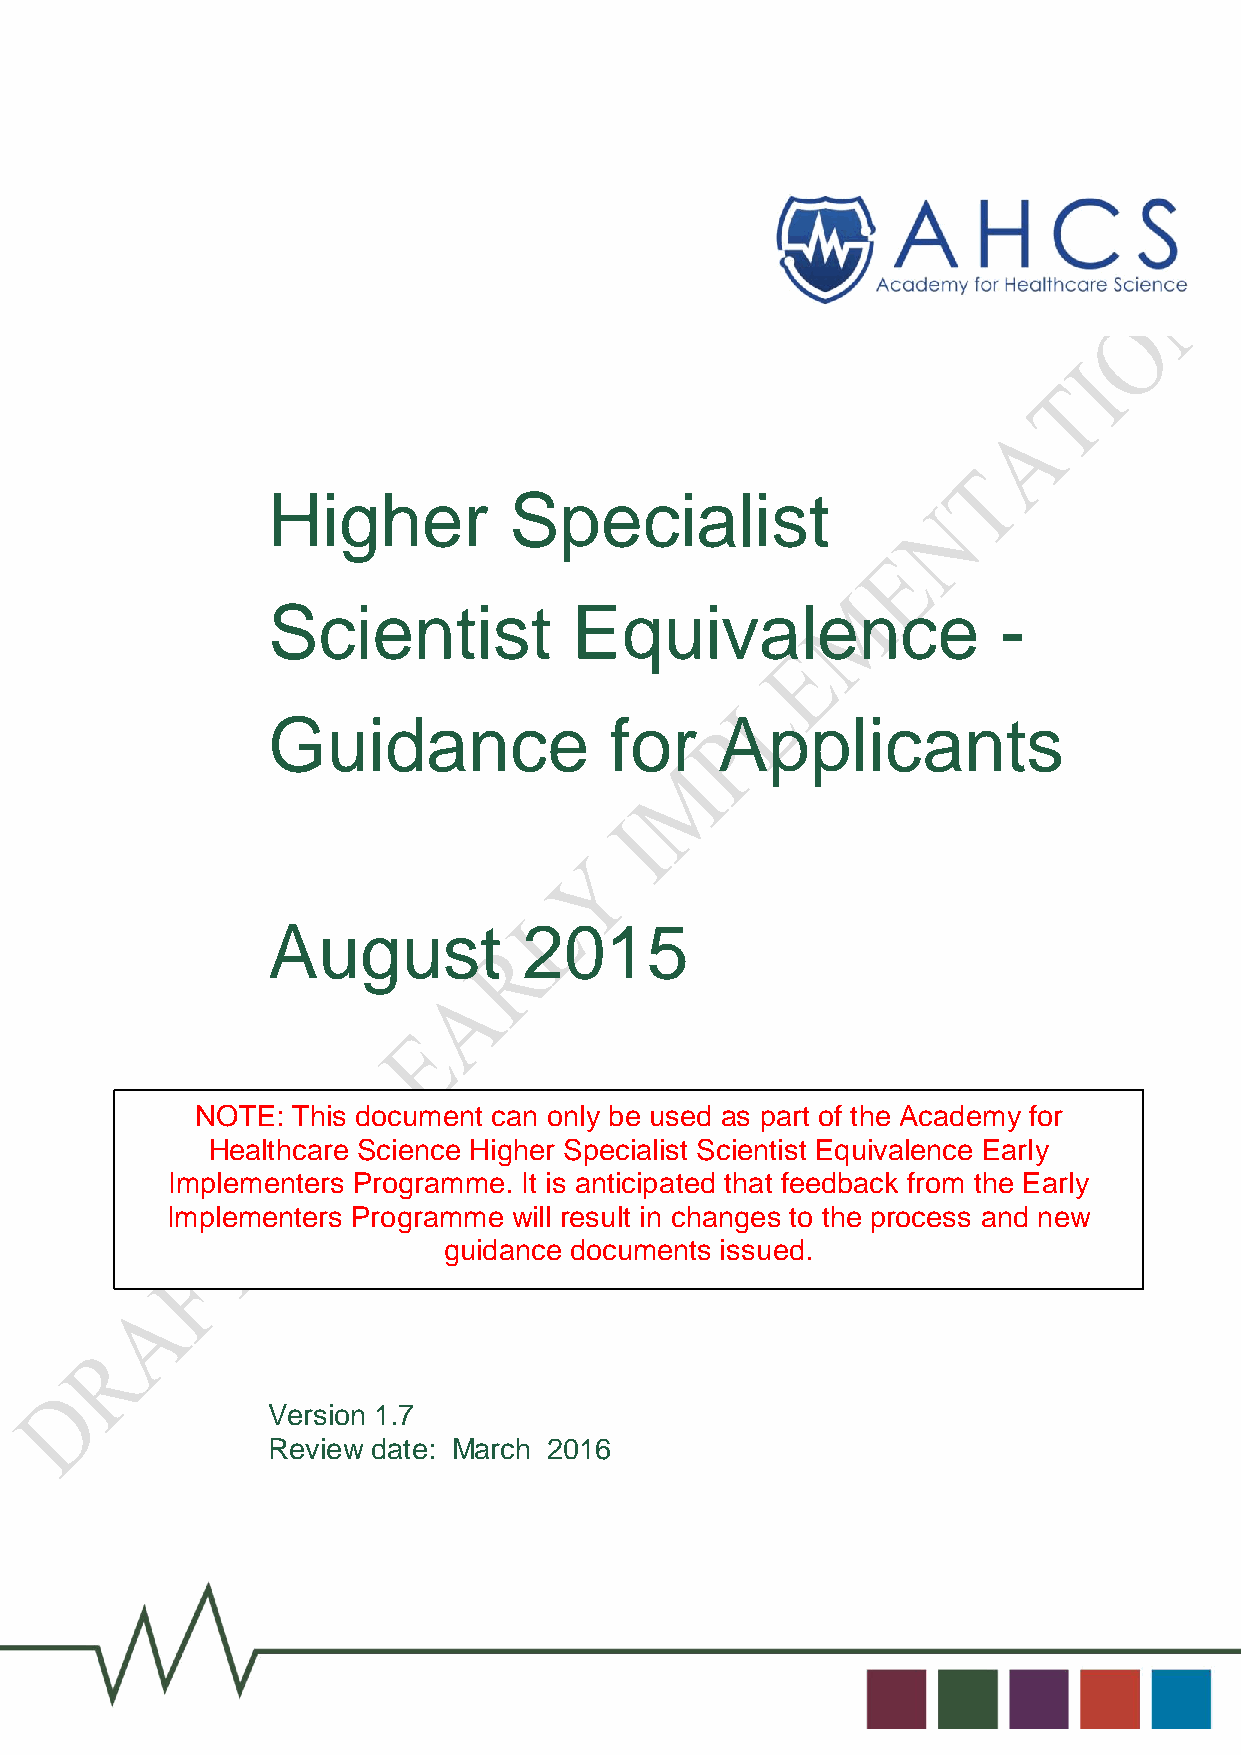
Higher          Specialist
 Scientist           Equivalence                 -
 Guidance              for     Applicants
 August           2015
 NOTE: This document can only be used as part of the Academy for
 Healthcare Science Higher Specialist Scientist Equivalence Early
 Implementers Programme. It is anticipated that feedback from the Early
 Implementers Programme will result in changes to the process and new
 guidance documents issued.
 Version 1.7
 Review date: March 2016